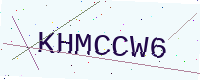
Text: KHMCCW6